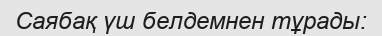
Саябақ үш белдемнен тұрады: